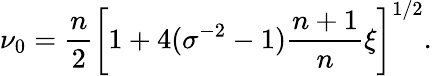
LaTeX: \nu_{0}=\frac{n}{2}\left[1+4(\sigma^{-2}-1)\frac{n+1}{n}\xi\right]^{1/2}.